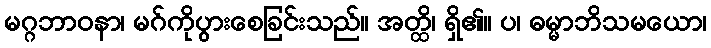
မဂ္ဂဘာဝနာ၊ မဂ်ကိုပွားစေခြင်းသည်။ အတ္ထိ၊ ရှိ၏။ ပ၊ ဓမ္မာဘိသမယော၊